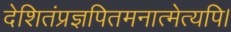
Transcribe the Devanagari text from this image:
देशितंप्रज्ञपितमनात्मेत्यपि।